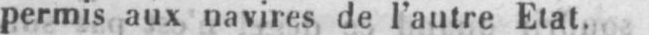
permis aux navires de l’autre Etat.